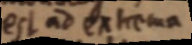
est ad extrema